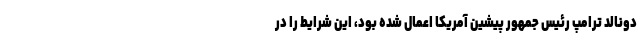
دونالد ترامپ رئیس جمهور پیشین آمریکا اعمال شده بود، این شرایط را در